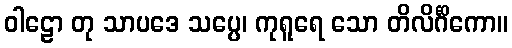
ဝါဠော တု သာပဒေ သပ္ပေ၊ ကုရူရေ သော တိလိင်္ဂိကော။